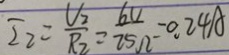
I _ { 2 } = \frac { V _ { 2 } } { R _ { 2 } } = \frac { 6 V } { 2 5 \Omega } = 0 . 2 4 A